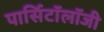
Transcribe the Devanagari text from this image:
पार्सिटॉलॉजी